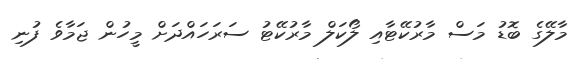
މާލޭގެ ބޮޑު މަސް މާރުކޭޓާއި ލޯކަލް މާރުކޭޓު ސަރަހައްދަށް މީހުން ޖަމާވެ ފުނި